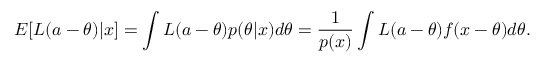
E [ L ( a - \theta ) | x ] = \int { L ( a - \theta ) p ( \theta | x ) d \theta } = { \frac { 1 } { p ( x ) } } \int L ( a - \theta ) f ( x - \theta ) d \theta .